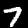
Label: 7